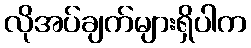
လိုအပ်ချက်များရှိပါက